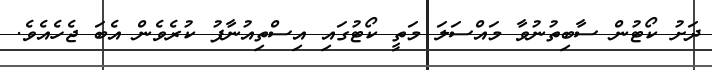
ދަށު ކޯޓުން ސާބިތުނުވާ މައްސަލަ މަތީ ކޯޓުގައި އިސްތިއުނާފު ކުރެވެން އެބަ ޖެހެއެވެ.